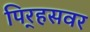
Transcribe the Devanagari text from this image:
पिर्‍हसवर